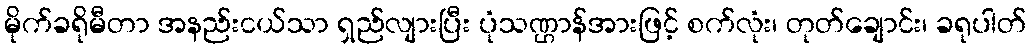
မိုက်ခရိုမီတာ အနည်းငယ်သာ ရှည်လျားပြီး ပုံသဏ္ဌာန်အားဖြင့် စက်လုံး၊ တုတ်ချောင်း၊ ခရုပါတ်